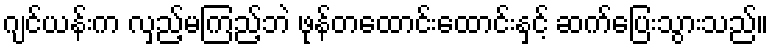
ဂျင်ယန်းက လှည့်မကြည့်ဘဲ ဖုန်တထောင်းထောင်းနှင့် ဆက်ပြေးသွားသည်။